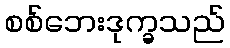
စစ်ဘေးဒုက္ခသည်